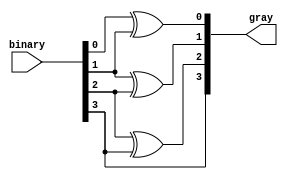
module b2g_converter #(parameter WIDTH=4) (input [WIDTH-1:0] binary, output [WIDTH-1:0] gray);
  genvar i;    
  generate
    for(i=0;i<WIDTH-1;i=i+1) begin
      assign gray[i] = binary[i] ^ binary[i+1];
    end
  endgenerate
  
  assign gray[WIDTH-1] = binary[WIDTH-1];
endmodule

module TB;
  reg[3:0]binary;
  wire[3:0]gray;
  b2g_converter b2g(binary, gray);

   initial begin
    $monitor("binary=%b:gray=%b",binary,gray);
     binary = 4'b1011;#1;
     binary = 4'b0111;#1;
     binary = 4'b0101;#1;
     binary = 4'b1100;#1;
     binary = 4'b1111;
    end

endmodule